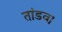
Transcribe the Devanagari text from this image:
तांडव।